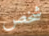
شخص